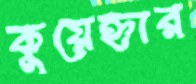
কুয়েহ্নার